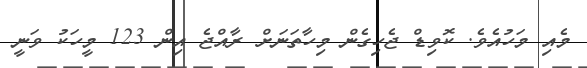
މެއި މަހުއެވެ. ކޮވިޑް ޖެހިގެން މިހާތަނަށް ރާއްޖެ އިން 123 މީހަކު ވަނީ